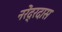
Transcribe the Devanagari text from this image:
नरेंद्रदास